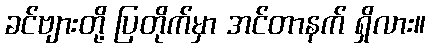
ခင်ဗျားတို့ ပြတိုက်မှာ အင်တာနက် ရှိလား။